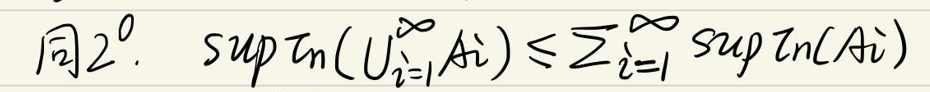
同2^{\circ}. \(\sup \pi\left(\bigcup_{i = 1}^{\infty}A_{i}\right)\leq\sum_{i = 1}^{\infty}\sup \pi(A_{i})\)